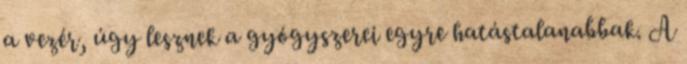
a vezér, úgy lesznek a gyógyszerei egyre hatástalanabbak. A